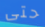
حتى